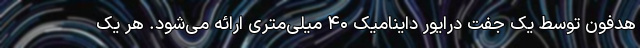
هدفون توسط یک جفت درایور داینامیک ۴۰ میلی‌متری ارائه می‌شود. هر یک